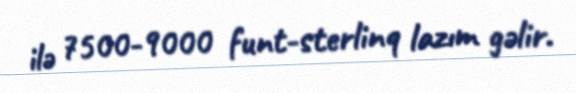
ilə 7500-9000 funt-sterlinq lazım gəlir.